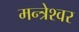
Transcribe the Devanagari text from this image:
मन्त्रेश्वर